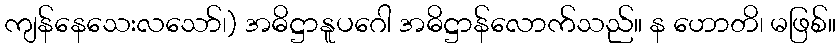
ကျန်နေသေးလသော်၊) အဓိဋ္ဌာနူပဂေါ အဓိဋ္ဌာန်လောက်သည်။ န ဟောတိ၊ မဖြစ်။